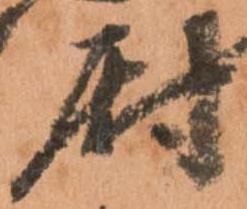
尉